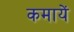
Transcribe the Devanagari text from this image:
कमायें